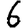
Digit: 6